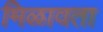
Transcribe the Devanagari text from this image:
मिळावता